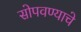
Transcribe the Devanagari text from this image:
सोपवण्याचे